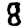
Digit: 8